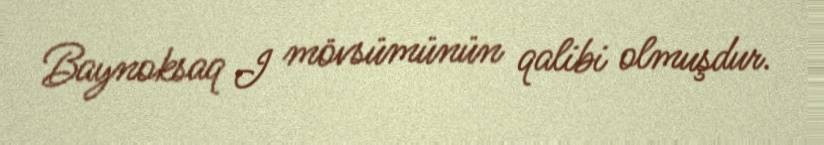
Baynoksaq I mövsümünün qalibi olmuşdur.